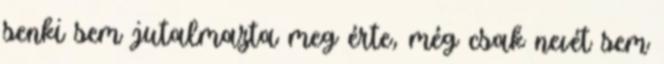
senki sem jutalmazta meg érte, még csak nevét sem